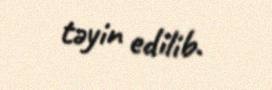
təyin edilib.